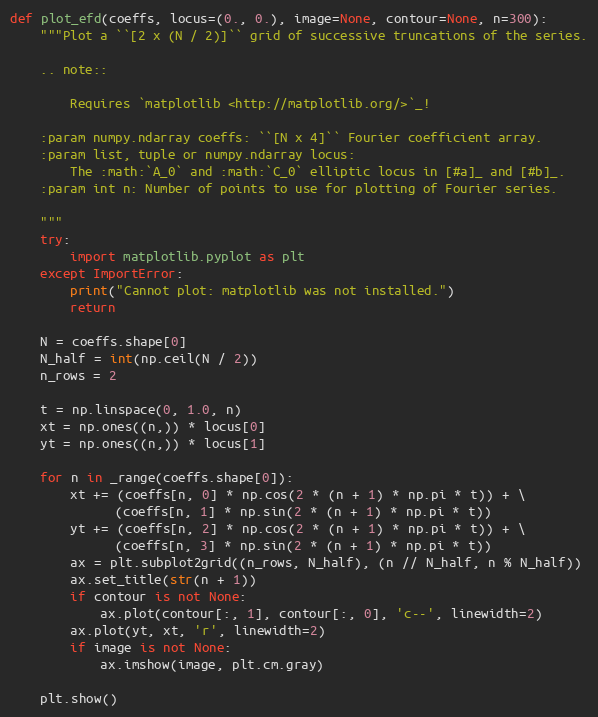
Language: Python
def plot_efd(coeffs, locus=(0., 0.), image=None, contour=None, n=300):
    """Plot a ``[2 x (N / 2)]`` grid of successive truncations of the series.

    .. note::

        Requires `matplotlib <http://matplotlib.org/>`_!

    :param numpy.ndarray coeffs: ``[N x 4]`` Fourier coefficient array.
    :param list, tuple or numpy.ndarray locus:
        The :math:`A_0` and :math:`C_0` elliptic locus in [#a]_ and [#b]_.
    :param int n: Number of points to use for plotting of Fourier series.

    """
    try:
        import matplotlib.pyplot as plt
    except ImportError:
        print("Cannot plot: matplotlib was not installed.")
        return

    N = coeffs.shape[0]
    N_half = int(np.ceil(N / 2))
    n_rows = 2

    t = np.linspace(0, 1.0, n)
    xt = np.ones((n,)) * locus[0]
    yt = np.ones((n,)) * locus[1]

    for n in _range(coeffs.shape[0]):
        xt += (coeffs[n, 0] * np.cos(2 * (n + 1) * np.pi * t)) + \
              (coeffs[n, 1] * np.sin(2 * (n + 1) * np.pi * t))
        yt += (coeffs[n, 2] * np.cos(2 * (n + 1) * np.pi * t)) + \
              (coeffs[n, 3] * np.sin(2 * (n + 1) * np.pi * t))
        ax = plt.subplot2grid((n_rows, N_half), (n // N_half, n % N_half))
        ax.set_title(str(n + 1))
        if contour is not None:
            ax.plot(contour[:, 1], contour[:, 0], 'c--', linewidth=2)
        ax.plot(yt, xt, 'r', linewidth=2)
        if image is not None:
            ax.imshow(image, plt.cm.gray)

    plt.show()